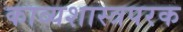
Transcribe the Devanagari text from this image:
काव्यशास्त्रपरक